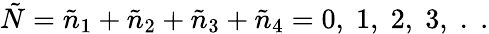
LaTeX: \tilde{N}=\tilde{n}_{1}+\tilde{n}_{2}+\tilde{n}_{3}+\tilde{n}_{4}=0,\; 1,\; 2,\; 3,\; .\; .